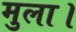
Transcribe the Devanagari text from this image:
मुला।